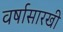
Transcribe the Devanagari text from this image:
वर्षासारखी